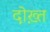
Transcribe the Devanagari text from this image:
दोख़्त